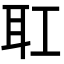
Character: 𦔸